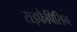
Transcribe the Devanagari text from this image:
राइफैपिसिन